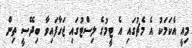
މިއީ އެކަމަކު އެ މެޗުގައި އެ ޓީމުގެ ލިސްޓުގައި ޖަހާފައިވާ ބިދޭސީ ތިން